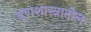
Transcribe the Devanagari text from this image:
भ्रूणशास्त्रातील